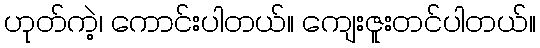
ဟုတ်ကဲ့၊ ကောင်းပါတယ်။ ကျေးဇူးတင်ပါတယ်။